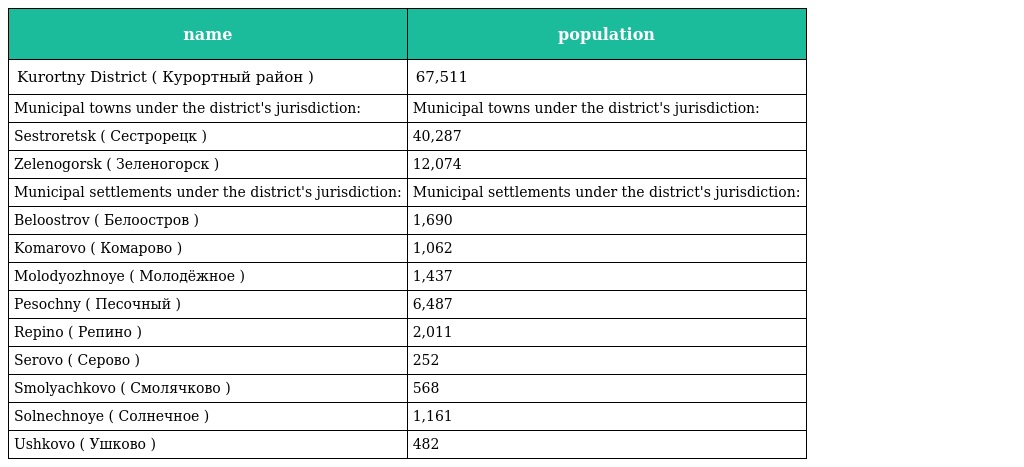
| name | population |
 | --- | --- |
 | Kurortny District ( Курортный район ) | 67,511 |
 | Municipal towns under the district's jurisdiction: | Municipal towns under the district's jurisdiction: |
 | Sestroretsk ( Сестрорецк ) | 40,287 |
 | Zelenogorsk ( Зеленогорск ) | 12,074 |
 | Municipal settlements under the district's jurisdiction: | Municipal settlements under the district's jurisdiction: |
 | Beloostrov ( Белоостров ) | 1,690 |
 | Komarovo ( Комарово ) | 1,062 |
 | Molodyozhnoye ( Молодёжное ) | 1,437 |
 | Pesochny ( Песочный ) | 6,487 |
 | Repino ( Репино ) | 2,011 |
 | Serovo ( Серово ) | 252 |
 | Smolyachkovo ( Смолячково ) | 568 |
 | Solnechnoye ( Солнечное ) | 1,161 |
 | Ushkovo ( Ушково ) | 482 |